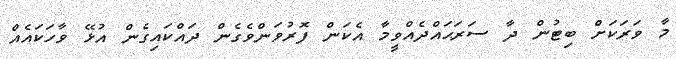
މާ ވަރަކަށް ބިޓުން ދާ ސަރަޙައްދެއްވީމާ އެކަން ފޮރުވަންވެގެން ދައްކައިގެން އުޅޭ ވާހަކައެއް